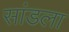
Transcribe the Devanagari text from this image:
सांडला